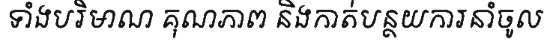
ទាំងបរិមាណ គុណភាព និងកាត់បន្ថយការនាំចូល